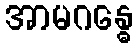
အာမဂန္ဓေ